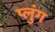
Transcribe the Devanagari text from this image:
प्लुंग